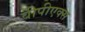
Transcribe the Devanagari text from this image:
वीपीएक्स